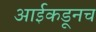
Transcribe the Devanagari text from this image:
आईकडूनच